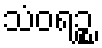
သံဝရဉ္စ